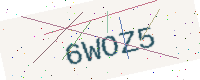
Text: 6WOZ5